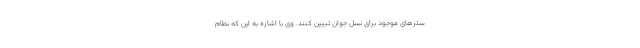
سترهای موجود برای نسل جوان تبیین کنند. وی با اشاره به این که نظام